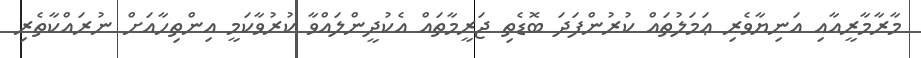
މާރާމާރީއާއި އަނިޔާވެރި ޢަމަލުތައް ކުރުންފަދަ ބޮޑެތި ޖަރީމާތައް އެކުދީންލައްވާ ކުރުވާކަމީ އިންތިހާއަށް ނުރައްކާތެރި